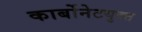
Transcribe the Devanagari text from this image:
कार्बोनेटयुक्त